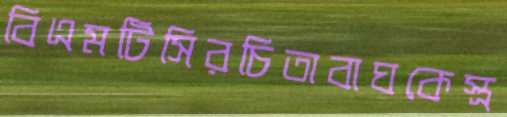
বিএমটিসিরচিতাবাঘকেস্ত্র